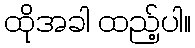
ထိုအခါ ထည့်ပါ။